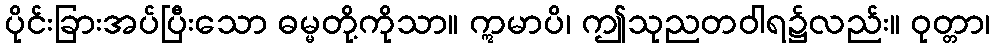
ပိုင်းခြားအပ်ပြီးသော ဓမ္မတို့ကိုသာ။ ဣမာပိ၊ ဤသုညတဝါရ၌လည်း။ ဝုတ္တာ၊